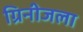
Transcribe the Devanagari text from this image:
ग्रिनीजला